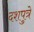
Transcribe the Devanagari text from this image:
दशपुत्रे